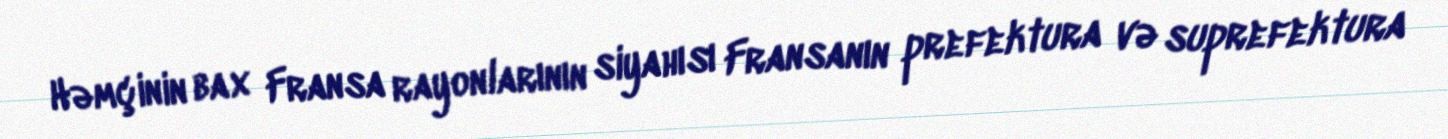
Həmçinin bax Fransa rayonlarının siyahısı Fransanın prefektura və suprefektura